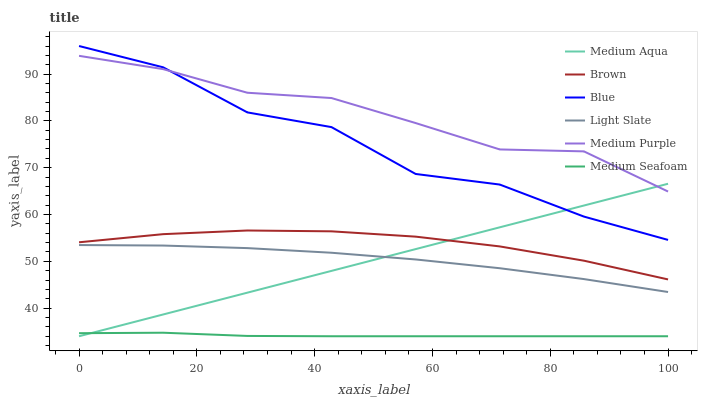
| xaxis_label | Medium Aqua | Brown | Blue | Light Slate | Medium Purple | Medium Seafoam |
 | --- | --- | --- | --- | --- | --- | --- |
 | 0 | 34 | 54.1 | 96 | 53.5 | 93.9 | 34.7 |
 | 14.3 | 38.7 | 55.8 | 91.4 | 53.4 | 91.1 | 34.8 |
 | 28.6 | 43.3 | 56.6 | 81.8 | 52.8 | 86 | 34.1 |
 | 42.9 | 48 | 56.4 | 78.7 | 51.8 | 84.9 | 34 |
 | 57.1 | 52.6 | 55.3 | 68.7 | 50.4 | 79.5 | 34 |
 | 71.4 | 57.3 | 53.2 | 66.4 | 48.5 | 73.9 | 34 |
 | 85.7 | 61.9 | 50.1 | 59.6 | 46.2 | 73.5 | 34 |
 | 100 | 66.6 | 46.1 | 54.6 | 43.5 | 64.9 | 34 |